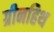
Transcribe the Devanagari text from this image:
ग्रीनहिथ